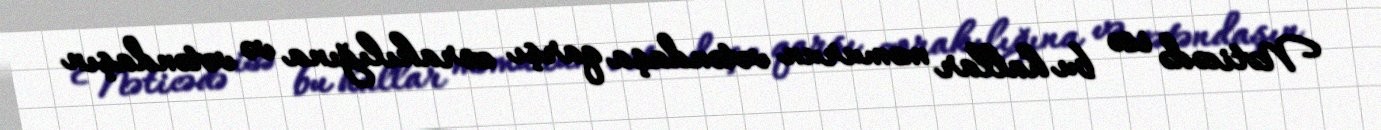
Nəticədə isə bu hallar məmurun vətəndaşa qarşı zorakılığına və vətəndaşın